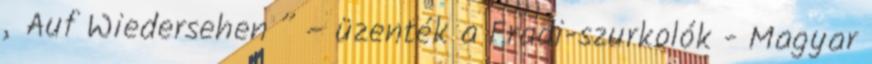
„Auf Wiedersehen ” – üzenték a Fradi-szurkolók - Magyar